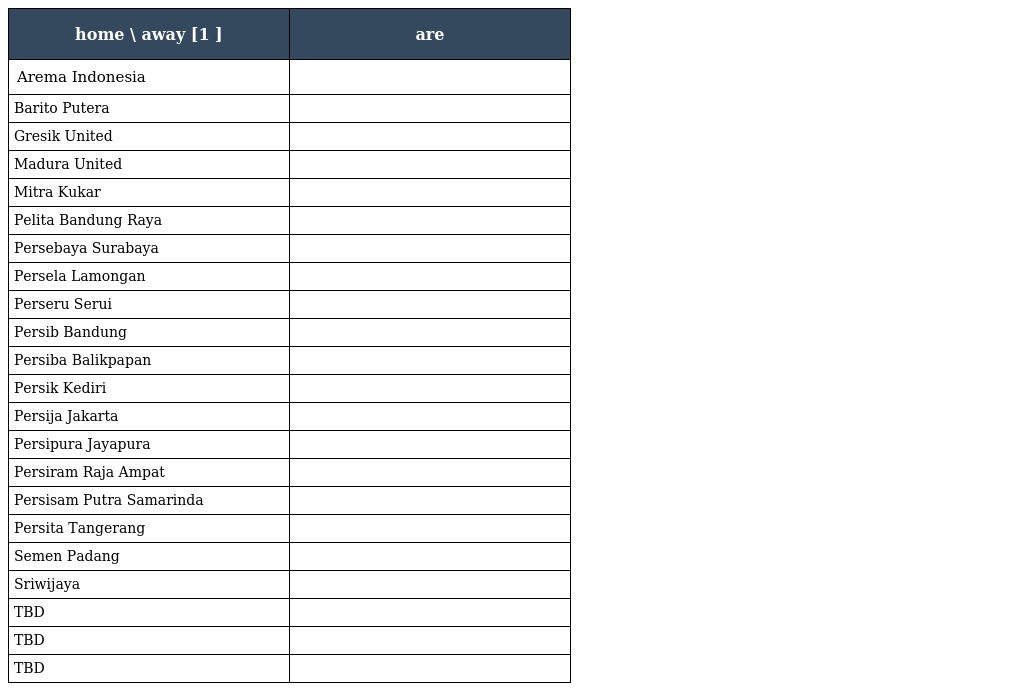
| home \ away [1 ] | are |
 | --- | --- |
 | Arema Indonesia |  |
 | Barito Putera |  |
 | Gresik United |  |
 | Madura United |  |
 | Mitra Kukar |  |
 | Pelita Bandung Raya |  |
 | Persebaya Surabaya |  |
 | Persela Lamongan |  |
 | Perseru Serui |  |
 | Persib Bandung |  |
 | Persiba Balikpapan |  |
 | Persik Kediri |  |
 | Persija Jakarta |  |
 | Persipura Jayapura |  |
 | Persiram Raja Ampat |  |
 | Persisam Putra Samarinda |  |
 | Persita Tangerang |  |
 | Semen Padang |  |
 | Sriwijaya |  |
 | TBD |  |
 | TBD |  |
 | TBD |  |